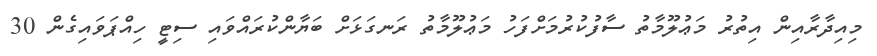
މިއިދާރާއިން އިތުރު މަޢުލޫމާތު ސާފުކުރުމަށްފަހު މަޢުލޫމާތު ރަނގަޅަށް ބަޔާންކުރައްވައި ސިޓީ ހިއްޕަވައިގެން 30